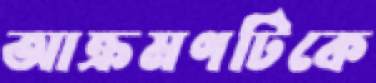
আক্রমণটিকে